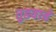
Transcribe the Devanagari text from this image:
तुडवावे